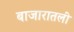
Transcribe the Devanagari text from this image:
बाजारातली